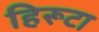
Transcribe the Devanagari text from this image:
हिरूटा